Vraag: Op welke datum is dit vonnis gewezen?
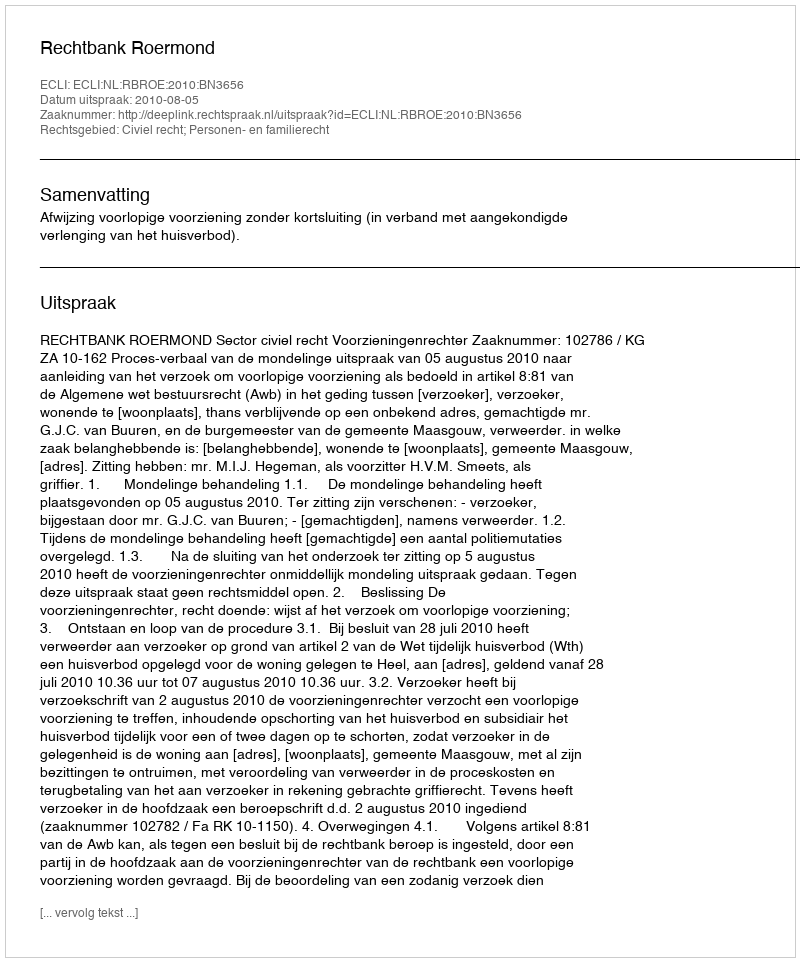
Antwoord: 2010-08-05